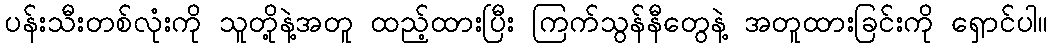
ပန်းသီးတစ်လုံးကို သူတို့နဲ့အတူ ထည့်ထားပြီး ကြက်သွန်နီတွေနဲ့ အတူထားခြင်းကို ရှောင်ပါ။